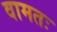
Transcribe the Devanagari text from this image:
वामतः